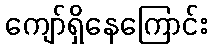
ကျော်ရှိနေကြောင်း